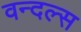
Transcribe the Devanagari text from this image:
वन्दल्स